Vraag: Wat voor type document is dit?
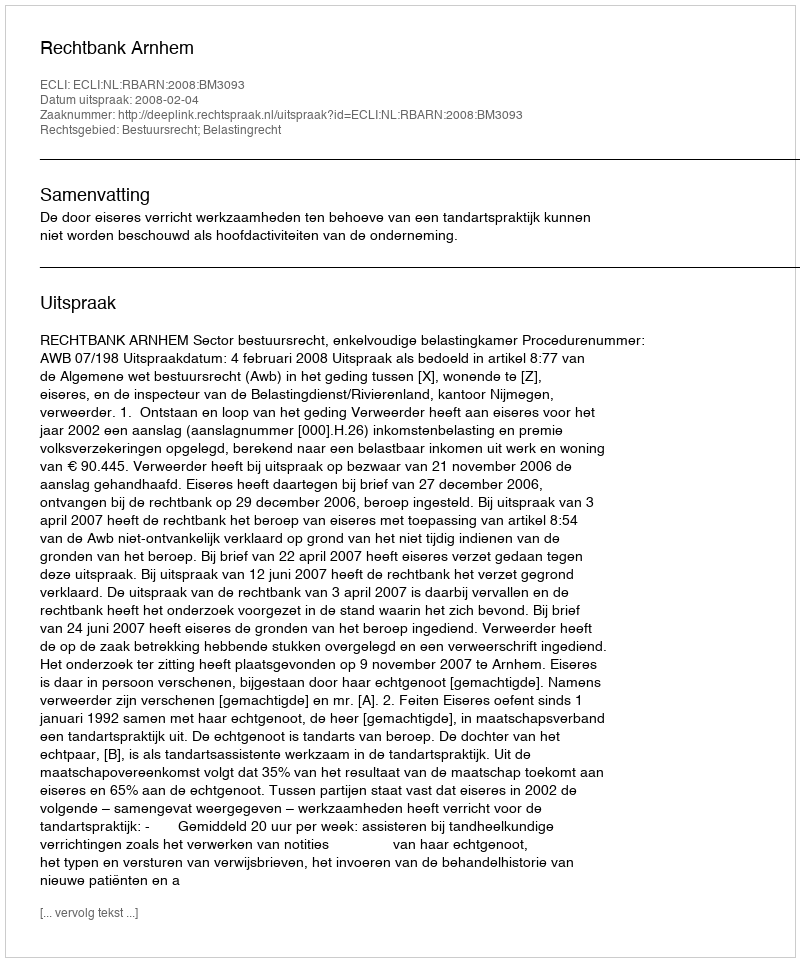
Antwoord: Uitspraak